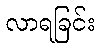
လာရခြင်း